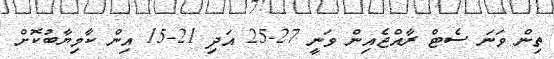
ތިން ވަނަ ސެޓް ރާއްޖެއިން ވަނީ 27-25 އަދި 21-15 އިން ކާމިޔާބުކޮށް